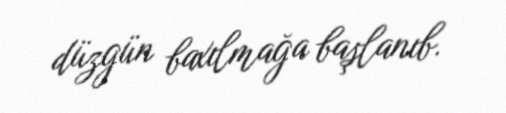
düzgün baxılmağa başlanıb.